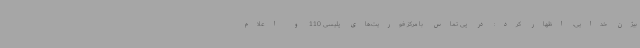
بیژن خدایی، اظهار کرد: در پی تماس با مرکز فوریت‌های پلیسی 110 و اعلام